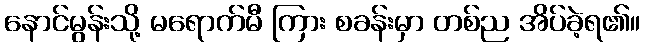
နောင်မွန်းသို့ မရောက်မီ ကြား စခန်းမှာ တစ်ည အိပ်ခဲ့ရ၏။